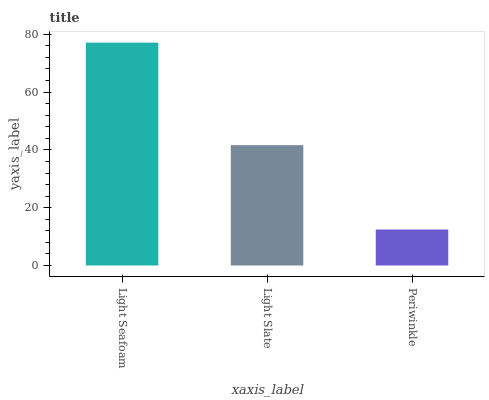
| xaxis_label | bars |
 | --- | --- |
 | Light Seafoam | 77.1 |
 | Light Slate | 41.6 |
 | Periwinkle | 12.4 |